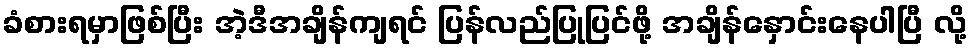
ခံစားရမှာဖြစ်ပြီး အဲ့ဒီအချိန်ကျရင် ပြန်လည်ပြုပြင်ဖို့ အချိန်နှောင်းနေပါပြီ လို့